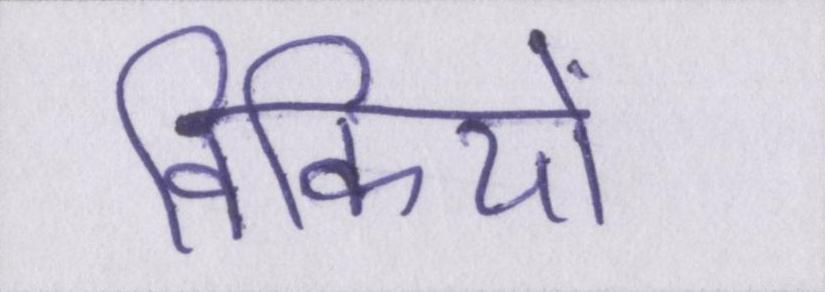
विकियों